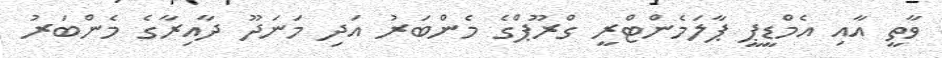
ވާތީ އާއި އެމްޑީޕީ ޕާލަމެންޓްރީ ގްރޫޕްގެ މެންބަރު އަދި މަނަދޫ ދާއިރާގެ މެންބަރު